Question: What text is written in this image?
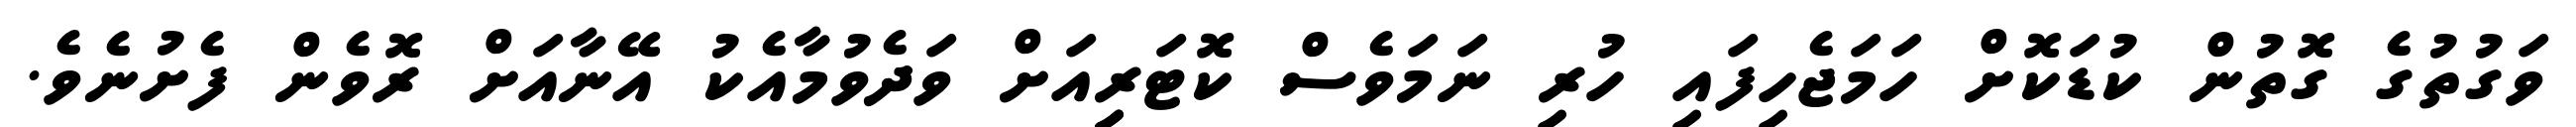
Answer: ވަގުތުގެ ގޮތުން ކުޑަކޮށް ހަމަޖެހިފައި ހުރި ނަމަވެސް ކޮޓަރިިއަށް ވަދެވުމާއެކު އޭނާއަށް ރޮވެން ފެށުނެވެ.